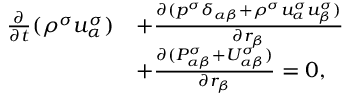
\begin{array} { r } { \begin{array} { r l } { \frac { \partial } { \partial t } ( \rho ^ { \sigma } u _ { \alpha } ^ { \sigma } ) } & { + \frac { \partial ( p ^ { \sigma } \delta _ { \alpha \beta } + \rho ^ { \sigma } u _ { \alpha } ^ { \sigma } u _ { \beta } ^ { \sigma } ) } { \partial r _ { \beta } } } \\ & { + \frac { \partial ( P _ { \alpha \beta } ^ { \sigma } + U _ { \alpha \beta } ^ { \sigma } ) } { \partial r _ { \beta } } = 0 , } \end{array} } \end{array}